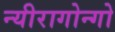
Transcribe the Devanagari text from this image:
न्यीरागोन्गो